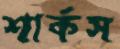
শার্কস